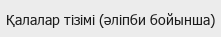
Қалалар тізімі (әліпби бойынша)